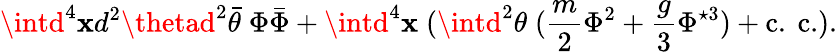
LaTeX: \intd^{4}\mathbf{x}d^{2}\thetad^{2}\bar{{\theta}}\; \Phi\bar{{\Phi}}+\intd^{4}\mathbf{x}\; (\intd^{2}\theta\; (\frac{{m}}{{2}}\Phi^{2}+\frac{{g}}{{3}}\Phi^{\star3})+\mathrm{{c.~c.}}).